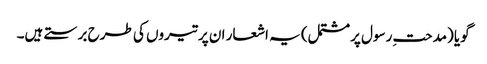
گویا (مدحتِ رسول پرمشتمل) یہ اشعار ان پر تیروں کی طرح برستے ہیں۔